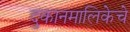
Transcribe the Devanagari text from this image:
दुकानमालिकेचे